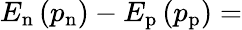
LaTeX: E_{\mathrm{n}}\left(p_{\mathrm{n}}\right)-E_{\mathrm{p}}\left(p_{\mathrm{p}}\right)=